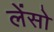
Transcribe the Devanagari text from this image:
लेंसो